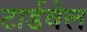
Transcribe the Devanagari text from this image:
टार्डवेल